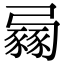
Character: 𧱶